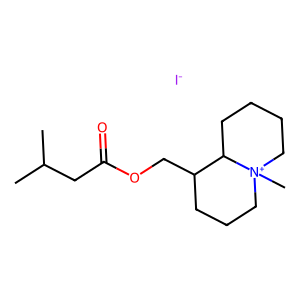
SMILES: CC(C)CC(=O)OCC1CCC[N+]2(C)CCCCC12.[I-]
Inhibits HIV replication: No